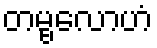
တမ္ဗလောဟံ